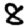
Digit: 8